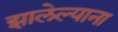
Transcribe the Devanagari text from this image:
झालेल्याना